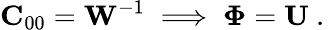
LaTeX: {\mathbf C}_{00}={\mathbf W}^{-1}\implies{\mathbf\Phi}={\mathbf U}\mathrm{~.~}